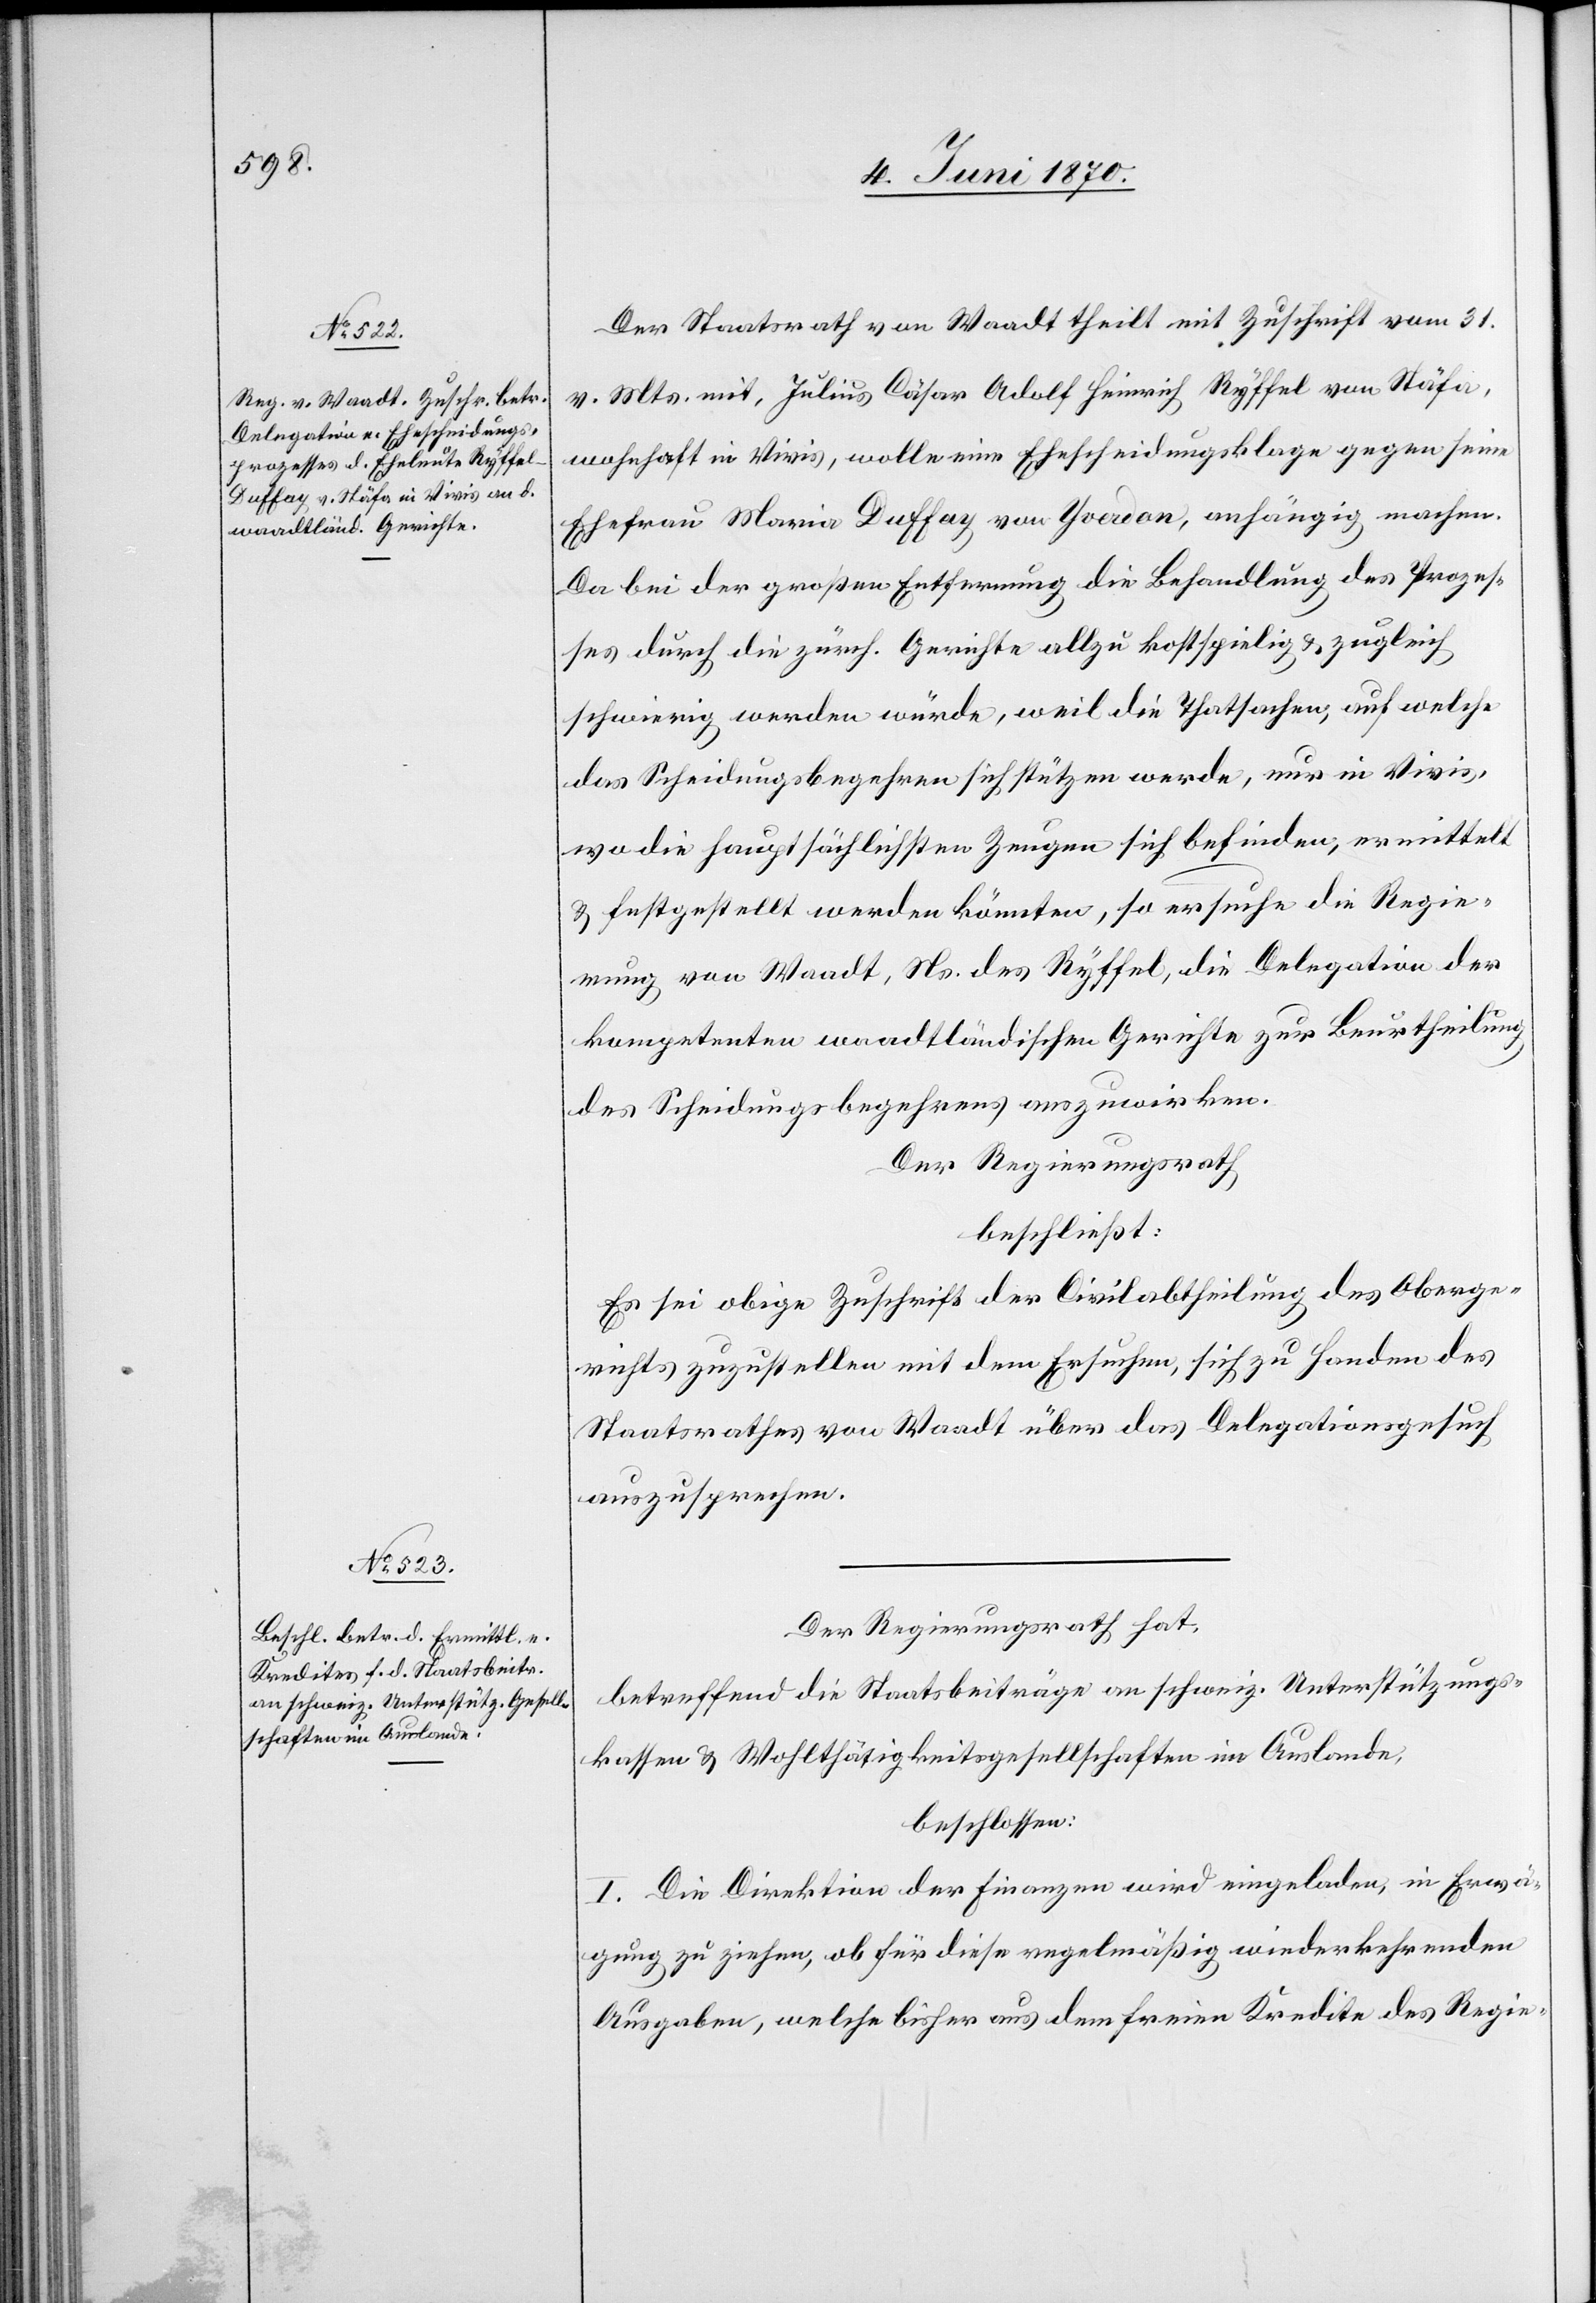
Der Staatsrath von Waadt theilt mit Zuschrift vom 31.
v. Mts. mit, Julius Cäsar Adolf Heinrich Ryffel von Stäfa,
wohnhaft in Vivis, wolle eine Ehescheidungsklage gegen seine
Ehefrau Maria Duffay von Yverdon, anhängig machen.
Da bei der großen Entfernung die Behandlung des Prozes¬
ses durch die zürch. Gerichte allzu kostspielig & zugleich
schwierig werden würde, weil die Thatsachen, auf welche
das Scheidungsbegehren sich stützen werde, nur in Vivis,
wo die hauptsächlichsten Zeugen sich befinden, ermittelt
& zugestellt werden könnten, so ersuche die Regie¬
rung von Waadt, Ns. des Ryffel, die Delegation der
kompetenten waadtländischen Gerichte zur Beurtheilung
des Scheidungsbegehrens auszuwirken.
Der Regierungsrath,
beschließt:
Es sei obige Zuschrift der Civilabtheilung des Oberge¬
richts zuzustellen mit dem Ersuchen, sich zu Handen des
Staatsrathes von Waadt über das Delegationsgesuch
auszusprechen.
Der Regierungsrath hat,
betreffend die Staatsbeiträge an schweiz. Unterstützungs¬
kassen & Wohlthätigkeitsgesellschaften im Auslande,
beschlossen:
I. Die Direktion der Finanzen wird eingeladen, in Erwä¬
gung zu ziehen, ob für diese regelmäßig wiederkehrenden
Ausgaben, welche bisher aus dem freien Kredite des Regie-